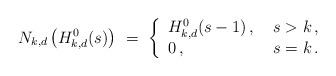
LaTeX: \begin{align*} N_{k,d} \left( H^0_{k,d}(s) \right) \ = \ \left\{ \begin{array}{ll} H^0_{k,d}(s-1) \,,\ & s > k \,,\\ 0 \,,\ & s=k \,. \end{array} \right.\end{align*}